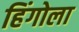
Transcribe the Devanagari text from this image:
हिंगोला